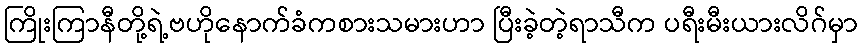
ကြိုးကြာနီတို့ရဲ့ဗဟိုနောက်ခံကစားသမားဟာ ပြီးခဲ့တဲ့ရာသီက ပရီးမီးယားလိဂ်မှာ